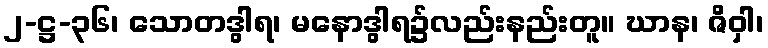
၂-ဋ္ဌ-၃၆၊ သောတဒွါရ၊ မနောဒွါရ၌လည်းနည်းတူ။ ဃာန၊ ဇိဝှါ၊